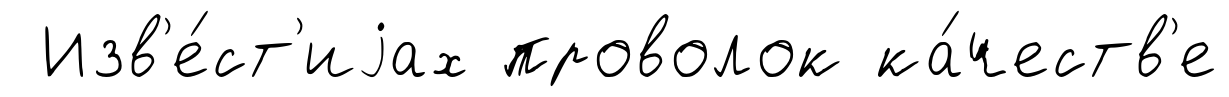
Изв'е́ст'иjах проволок ка́честв'е